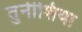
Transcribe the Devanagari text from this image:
तुनीशिया